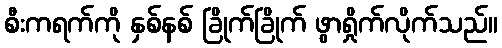
စီးကရက်ကို နှစ်နစ် ခြိုက်ခြိုက် ဖွာရှိုက်လိုက်သည်။